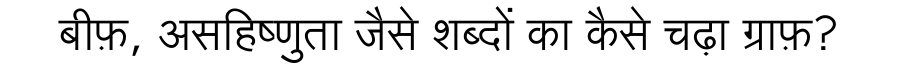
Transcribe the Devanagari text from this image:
बीफ़, असहिष्णुता जैसे शब्दों का कैसे चढ़ा ग्राफ़?